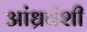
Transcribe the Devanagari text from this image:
आंध्रवंशी